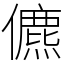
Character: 儦